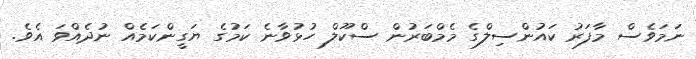
ނަމަވެސް މާފަރު ކައުންސިލްގެ މެމްބަރުން ސްކޫލް ހުޅުވާނެ ކަމުގެ ޔަގީންކަމެއް ނުދެއްވަ އެވެ.